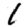
Digit: 1